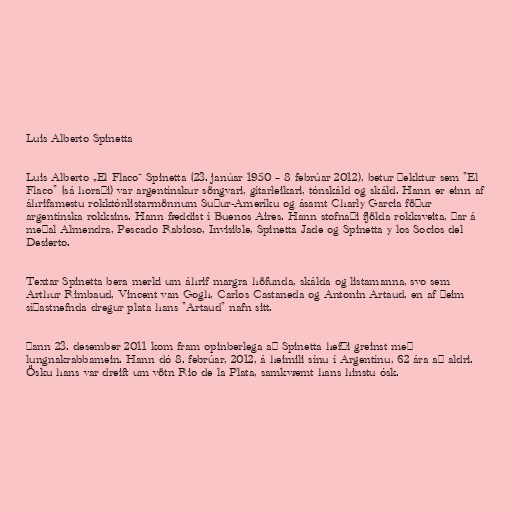
Luis Alberto Spinetta

Luis Alberto „El Flaco“ Spinetta (23. janúar 1950 – 8 febrúar 2012), betur þekktur sem "El
Flaco" (sá horaði) var argentínskur söngvari, gítarleikari, tónskáld og skáld. Hann er einn af
áhrifamestu rokktónlistarmönnum Suður-Ameríku og ásamt Charly Garcia föður
argentínska rokksins. Hann fæddist í Buenos Aires. Hann stofnaði fjölda rokksveita, þar á
meðal Almendra, Pescado Rabioso, Invisible, Spinetta Jade og Spinetta y los Socios del
Desierto.

Textar Spinetta bera merki um áhrif margra höfunda, skálda og listamanna, svo sem
Arthur Rimbaud, Vincent van Gogh, Carlos Castaneda og Antonin Artaud, en af þeim
síðastnefnda dregur plata hans "Artaud" nafn sitt.

Þann 23. desember 2011 kom fram opinberlega að Spinetta hefði greinst með
lungnakrabbamein. Hann dó 8. febrúar, 2012, á heimili sínu í Argentínu, 62 ára að aldri.
Ösku hans var dreift um vötn Rio de la Plata, samkvæmt hans hinstu ósk.